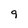
Character: 9